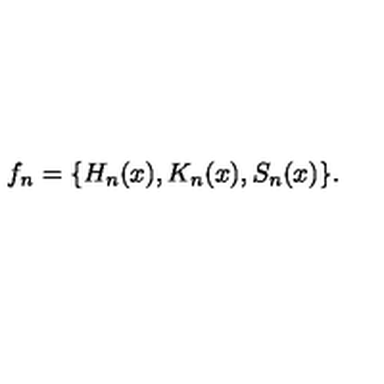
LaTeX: f _ { n } = \{ H _ { n } ( x ) , K _ { n } ( x ) , S _ { n } ( x ) \} .